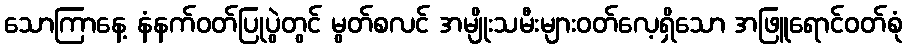
သောကြာနေ့ နံနက်ဝတ်ပြုပွဲတွင် မွတ်စလင် အမျိုးသမီးများဝတ်လေ့ရှိသော အဖြူရောင်ဝတ်စုံ